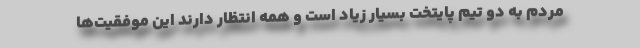
مردم به دو تیم پایتخت بسیار زیاد است و همه انتظار دارند این موفقیت‌ها